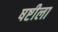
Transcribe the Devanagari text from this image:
षष्टीला